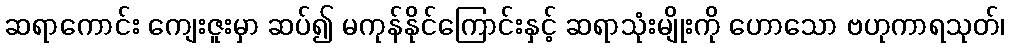
ဆရာကောင်း ကျေးဇူးမှာ ဆပ်၍ မကုန်နိုင်ကြောင်းနှင့် ဆရာသုံးမျိုးကို ဟောသော ဗဟုကာရသုတ်၊